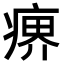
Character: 𤸋